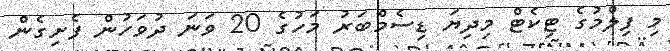
މި ފިލްމުގެ ޓިކެޓް މިދިޔަ ޑިސެމްބަރު މަހުގެ 20 ވަނަ ދުވަހުން ފެށިގެން